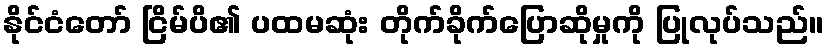
နိုင်ငံတော် ငြိမ်ပိ၏ ပထမဆုံး တိုက်ခိုက်ပြောဆိုမှုကို ပြုလုပ်သည်။